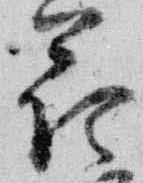
花